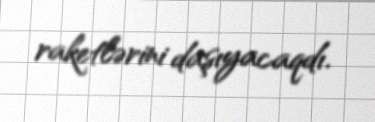
raketlərini daşıyacaqdı.